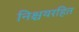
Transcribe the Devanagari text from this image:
निश्चयरहित